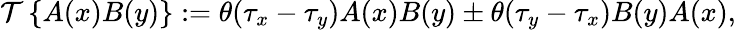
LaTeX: {\mathcal{T}}\left\{ A(x)B(y)\right\} :=\theta(\tau_{x}-\tau_{y})A(x)B(y)\pm\theta(\tau_{y}-\tau_{x})B(y)A(x),